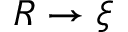
R \rightarrow \xi